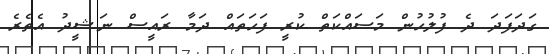
ގަދަފަދަ ދެ ފުލުހުން މަސައްކަތް ކުރީ ފަހަތައް ދަމާ ރައީސް ނަޝީދު އެތެރެ